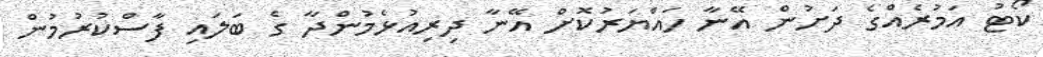
ކޯޓު އަމުރެއްގެ ދަށުން އޭނާ ހައްޔަރުކޮށް އޭނާ ދިރިއުޅެމުންދާ ގެ ބަލައި ފާސްކުރުމުން